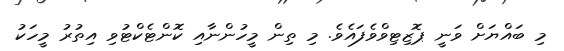
މި ބައްޔަށް ވަނީ ޕޮޒިޓިވްވެފައެވެ. މި ތިން މީހުންނާއި ކޮންޓެކްޓުވި އިތުރު މީހަކު